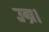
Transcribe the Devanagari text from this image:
उग्र।